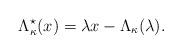
LaTeX: \begin{align*} \Lambda_\kappa^\star(x) = \lambda x -\Lambda_\kappa(\lambda).\end{align*}